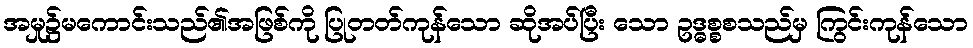
အမှု၌မကောင်းသည်၏အဖြစ်ကို ပြုတတ်ကုန်သော ဆိုအပ်ပြီး သော ဥဒ္ဓစ္စစသည်မှ ကြွင်းကုန်သော